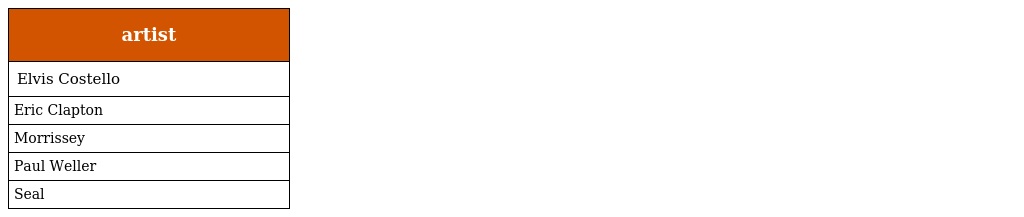
| artist |
 | --- |
 | Elvis Costello |
 | Eric Clapton |
 | Morrissey |
 | Paul Weller |
 | Seal |